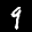
Label: 9